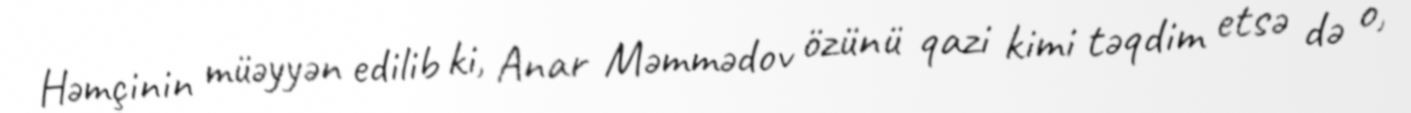
Həmçinin müəyyən edilib ki, Anar Məmmədov özünü qazi kimi təqdim etsə də o,